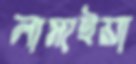
লামাইয়া